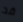
قد